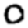
Digit: 0